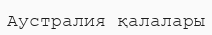
Аустралия қалалары